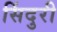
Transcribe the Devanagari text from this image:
सिंदुरी